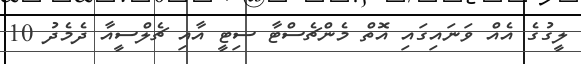
ލީގުގެ އެއް ވަނައިގައި އޮތް މެންޗެސްޓާ ސިޓީ އާއި ޗެލްސީއާ ދެމެދު 10